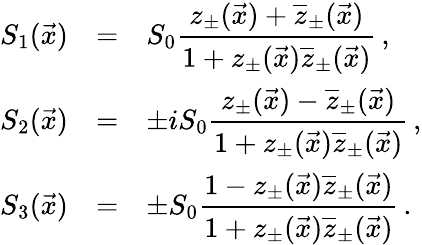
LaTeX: \begin{array}{rcl}{{S_{1}(\vec{x})}}&{{=}}&{{S_{0}\displaystyle\frac{z_{\pm}(\vec{x})+\overline{{{z}}}_{\pm}(\vec{x})}{1+z_{\pm}(\vec{x})\overline{{{z}}}_{\pm}(\vec{x})}\, ,}}\\ {{S_{2}(\vec{x})}}&{{=}}&{{\pm iS_{0}\displaystyle\frac{z_{\pm}(\vec{x})-\overline{{{z}}}_{\pm}(\vec{x})}{1+z_{\pm}(\vec{x})\overline{{{z}}}_{\pm}(\vec{x})}\, ,}}\\ {{S_{3}(\vec{x})}}&{{=}}&{{\pm S_{0}\displaystyle\frac{1-z_{\pm}(\vec{x})\overline{{{z}}}_{\pm}(\vec{x})}{1+z_{\pm}(\vec{x})\overline{{{z}}}_{\pm}(\vec{x})}\, .}}\end{array}